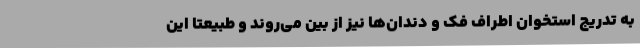
به تدریج استخوان اطراف فک و دندان‌ها نیز از بین می‌روند و طبیعتا این